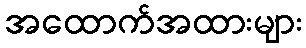
အထောက်အထားများ